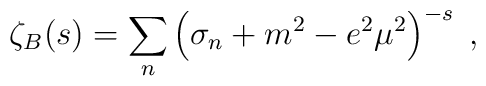
\zeta_{B}(s) = \sum_{n}\left(\sigma_{n} + m^{2} - e^{2}\mu^{2}\right)^{-s}\;,